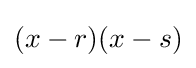
(x-r)(x-s)